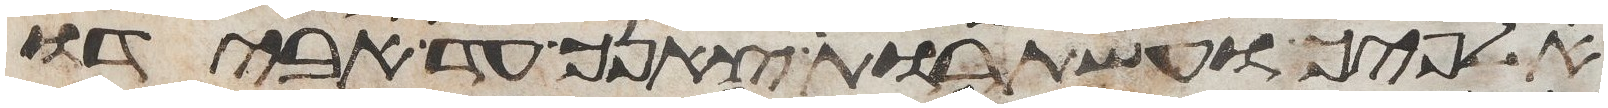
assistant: אלפיך ועשתרות צאנך עד אבידו